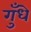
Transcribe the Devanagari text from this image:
गुँधे